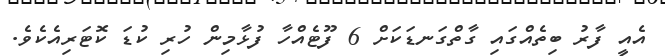
އެއީ ފާރު ބިތެއްގައި ގާތްގަނޑަކަށް 6 ފޫޓެއްހާ ފުޅާމިން ހުރި ކުޑަ ކޮޓަރިއެކެވެ.